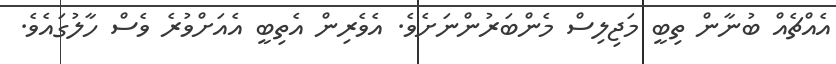
އެއްޗެއް ބުނާން ތިބީ މަޖިލިސް މެންބަރުންނަށެވެ. އެވެރިން އެތިބީ އެއަށްވުރެ ވެސް ހާލުގައެވެ.